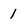
Character: 1